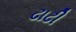
ઢાઢી